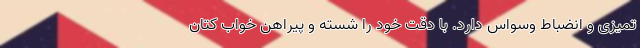
تمیزی و انضباط وسواس دارد. با دقت خود را شسته و پیراهن‌ خواب کتان